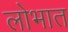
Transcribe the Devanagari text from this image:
लोभात